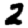
Digit: 2